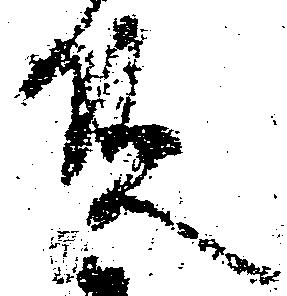
殿